Relation of titanus [i.e. tetanus] to the hypodermic or intramuscular injection of quinine - Number 43
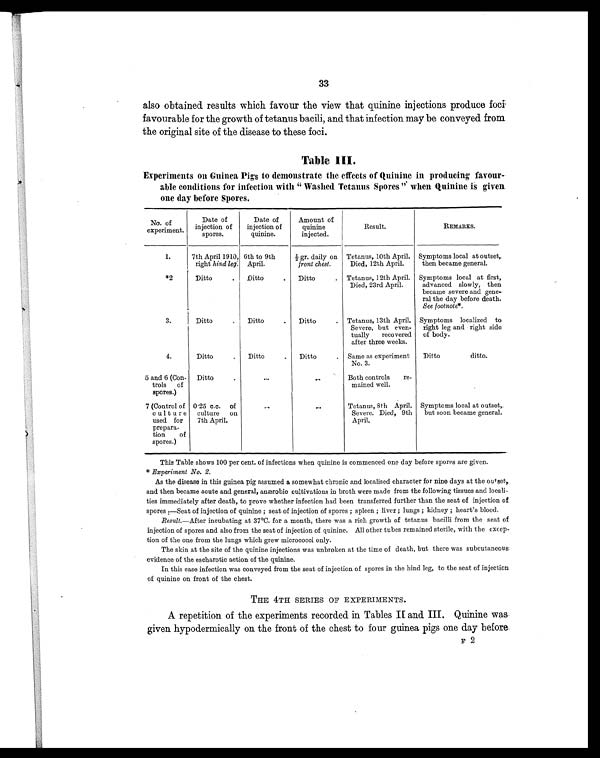
33
also obtained results which favour the view that quinine injections produce foci
favourable for the growth of tetanus bacili, and that infection may be conveyed from
the original site of the disease to these foci.
Table III.
Experiments on Guinea Pigs to demonstrate the effects of Quinine in producing favour-
able conditions for infection with "Washed Tetanus Spores" when Quinine is given
one day before Spores.
No. of
experiment.
Date of
injection of
spores.
Date of
injection of
quinine.
Amount of
quinine
injected.
Result.
REMARKS.
1.
7th April 1910,
right hind leg.
6th to 9th
April.
½ gr. daily on
front chest.
Tetanus, 10th April.
Died, 12th April.
Symptoms local at outset,
then became general.
*2
Ditto
.
Ditto
.
Ditto
. Tetanus, 12th April.
Died, 23rd April.
Symptoms local at first,
advanced slowly, then
became severe and gene-
ral the day before death.
See footnote*.
3.
Ditto
.
Ditto
.
Ditto
. Tetanus, 13th April.
Severe, but even-
tually recovered
after three weeks.
Symptoms localized to
right leg and right side
of body.
4.
Ditto
.
Ditto
.
Ditto
. Same as experiment
No. 3.
Ditto ditto.
5 and 6 (Con-
trols of
spores.)
Ditto
.
...
. . .
Both controls re-
mained well.
7 (Control of
cu1ture
used for
prepara-
tion of
spores.)
0.25 c.c. o
f
culture on
7th April.
. . .
. . .
Tetanus, 8th April.
Severe. Died, 9th
April.
Symptoms local at outset,
but soon became general.
This Table shows 100 per cent. of infections when quinine is commenced one day before spores are given.
* Experiment No. 2.
As the disease in this guinea pig assumed a somewhat chronic and localised character for nine days at the outset,
and then became acute and general, anærobic cultivations in broth were made from the following tissues and locali-
ties immediately after death, to prove whether infection had been transferred further than the seat of injection of
spores.—Seat of injection of quinine; seat of injection of spores; spleen; liver; lungs; kidney; heart's blood.
Result. —After incubating at 37°C. for a month, there was a rich growth of tetanus bacilli from the seat of
injection of spores and also from the seat of injection of quinine. All other tubes remained sterile, with the excep-
tion of the one from the lungs which grew micrococci only.
The skin at the site of the quinine injections was unbroken at the time of death, but there was subcutaneous
evidence of the escharotic action of the quinine.
In this case infection was conveyed from the seat of injection of spores in the hind leg, to the seat of injection
of quinine on front of the chest.
THE 4TH SERIES OF EXPERIMENTS.
A repetition of the experiments recorded in Tables II and III. Quinine was
given hypodermically on the front of the chest to four guinea pigs one day before.
F 2